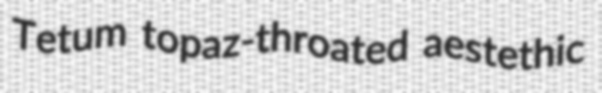
Tetum topaz-throated aestethic